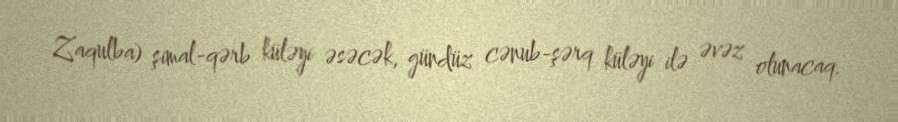
Zaqulba) şimal-qərb küləyi əsəcək, gündüz cənub-şərq küləyi ilə əvəz olunacaq.